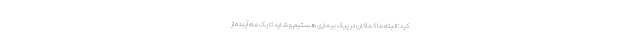
کرد: البته ما کماکان در پیک بیماری هستیم و شاید تا یک ماه آینده از